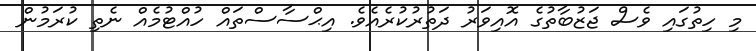
މި ހިތުގައި ވެސް ޖަޒުބާތުގެ އޮއިވަރު ދަތުރުކުރެއެވެ. އިޙްސާސްތައް ހުއްޓުމެއް ނެތި ކުރަމުން